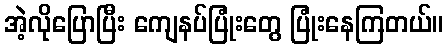
အဲ့လိုပြောပြီး ကျေနပ်ပြုံးတွေ ပြုံးနေကြတယ်။